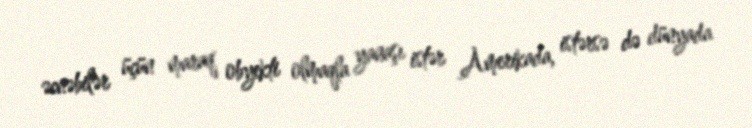
əcnəbilər üçün maraq obyekti olmaqla yanaşı istər Amerikada, istərsə də dünyada